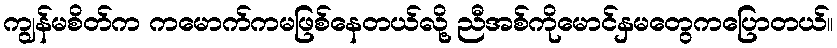
ကျွန်မစိတ်က ကမောက်ကမဖြစ်နေတယ်လို့ ညီအစ်ကိုမောင်နှမတွေကပြောတယ်။